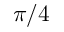
\pi / 4